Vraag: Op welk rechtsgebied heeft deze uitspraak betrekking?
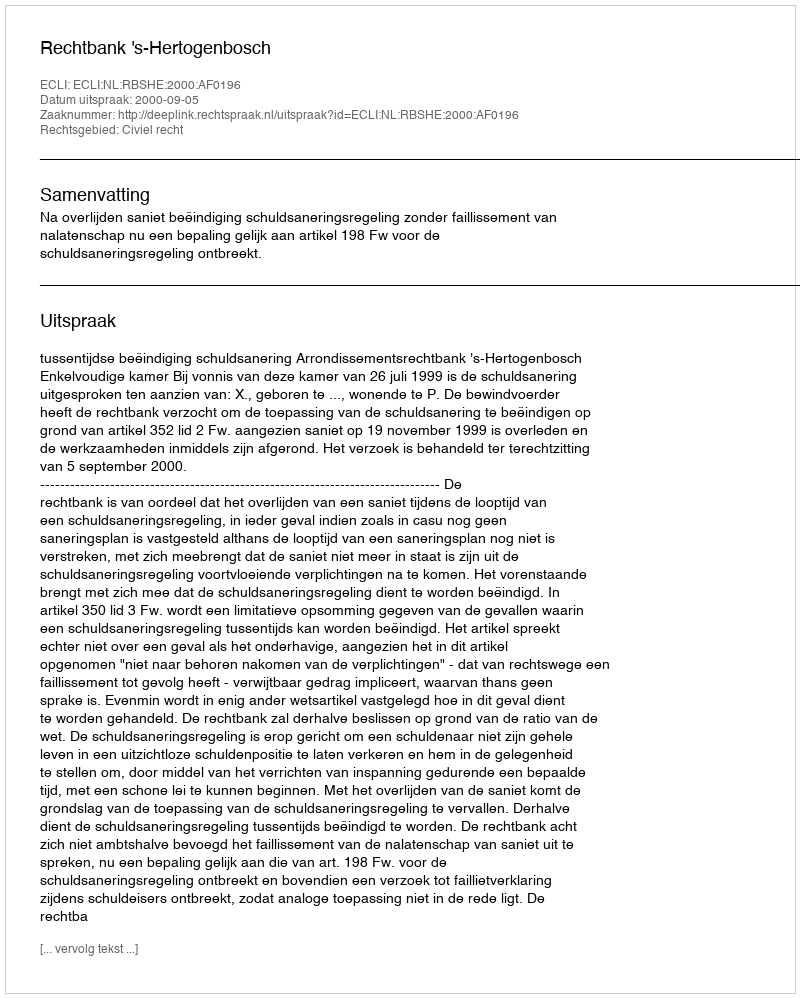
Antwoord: Civiel recht